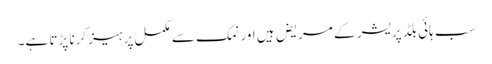
سب ہائی بلڈ پریشر کے مریض ہیں اور نمک سے مکمل پرہیز کرنا پڑتا ہے۔